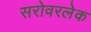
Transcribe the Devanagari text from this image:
सरोवरलेक